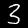
Label: 3